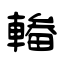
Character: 輽